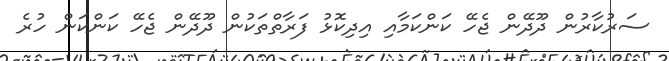
ސަރުކާރުން ދޫދޭން ޖެހޭ ކަންކަމާއި އިދިކޮޅު ފަރާތްތަކުން ދޫދޭން ޖެހޭ ކަންކަން ހުރެ